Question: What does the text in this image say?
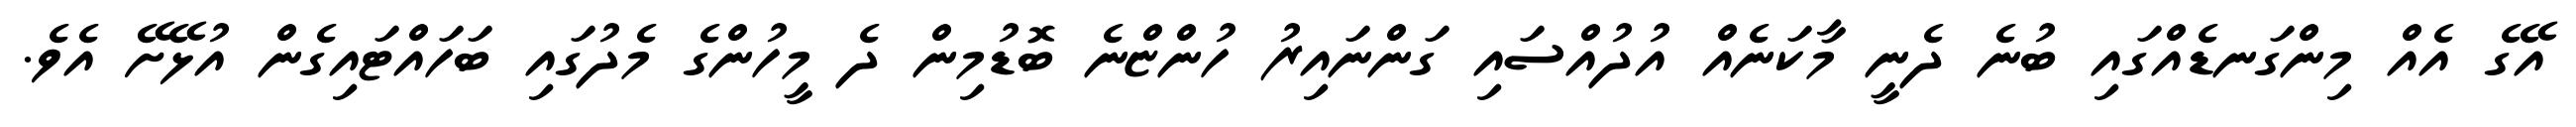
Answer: އޭގެ އެއް މިންގަނޑެއްގައި ބުނެ ދެނީ މާކަނެއް އުދުއްސައި ގަންނައިރު ހުންޏްނެ ބޮޑުމިން ދެ މީހުންގެ މެދުގައި ބަހައްޓައިގެން އުޅޭށޭ އެވެ.